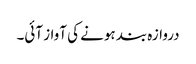
دروازہ بند ہونے کی آواز آئی۔